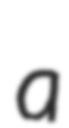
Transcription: a